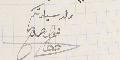
ولد سيادتكم محول حروح